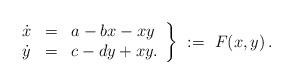
LaTeX: \begin{align*}\left.\begin{array}{rcl}\dot x & = & a-bx-xy\\\dot y & = & c-dy+xy.\end{array}\right\}\,\,:=\,\,F(x,y)\,.\end{align*}